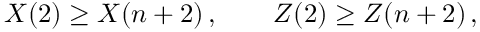
X ( 2 ) \geq X ( n + 2 ) \, , \quad \quad Z ( 2 ) \geq Z ( n + 2 ) \, ,